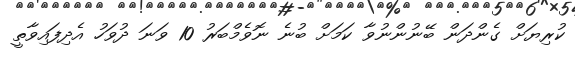
ކުރިޔަށް ގެންދަން ބޭނުންނުވާ ކަމަށް ބުނެ ނޮވެމްބަރު 10 ވަނަ ދުވަހު އެދިފައިވާތީ